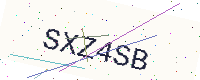
Text: SXZ4SB